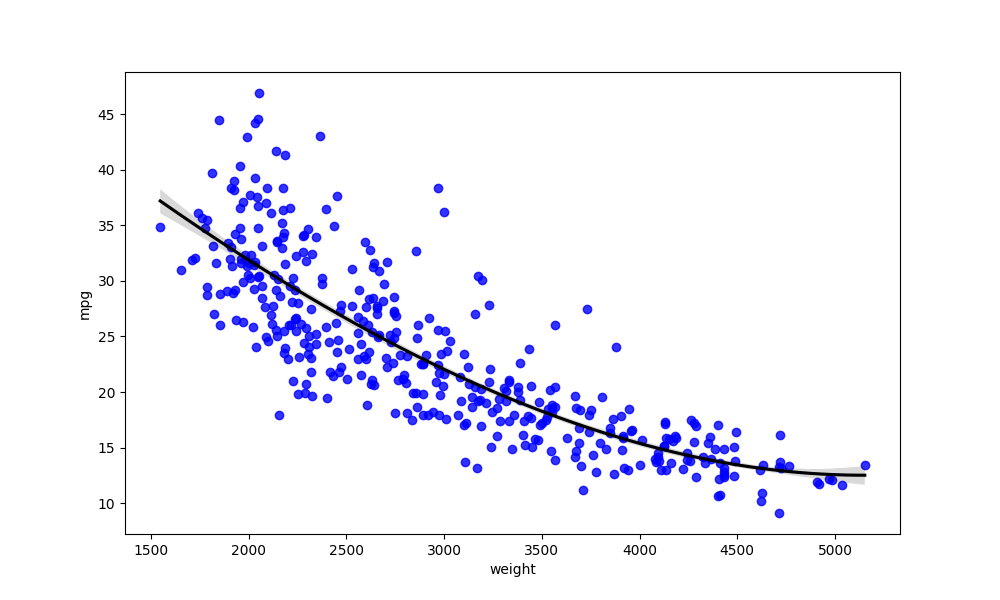
python, seaborn, regplot, order=3, ci=68, scatter_color=blue, line_color=black